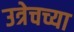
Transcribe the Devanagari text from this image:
उत्रेचच्या